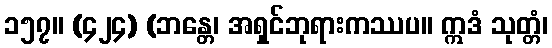
၁၅၇။ (၄၂၄) (ဘန္တေ၊ အရှင်ဘုရားကဿပ။ ဣဒံ သုတ္တံ၊